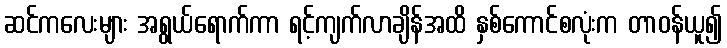
ဆင်ကလေးများ အရွယ်ရောက်ကာ ရင့်ကျက်လာချိန်အထိ နှစ်ကောင်စလုံးက တာဝန်ယူ၍